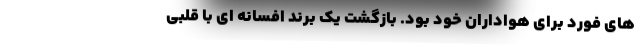
های فورد برای هواداران خود بود. بازگشت یک برند افسانه ای با قلبی